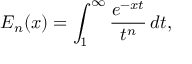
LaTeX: E _ { n } ( x ) = \int _ { 1 } ^ { \infty } { \frac { e ^ { - x t } } { t ^ { n } } } \, d t ,